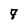
Character: 7